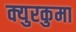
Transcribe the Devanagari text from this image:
क्युरकुमा